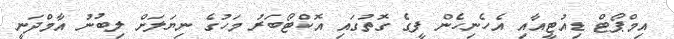
އިމްޕޯޓް ޑިއުޓީއާއި އެހެނިހެން ފީގެ ގޮތުގައި އޮކްޓޯބަރު މަހުގެ ނިޔަލަށް ލިބުނު އާމްދަނީ